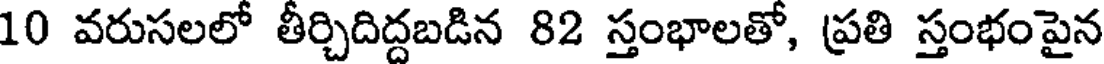
10 వరుసలలో తీర్చిదిద్దబడిన 82 స్తంభాలతో, ప్రతి స్తంభంపైన